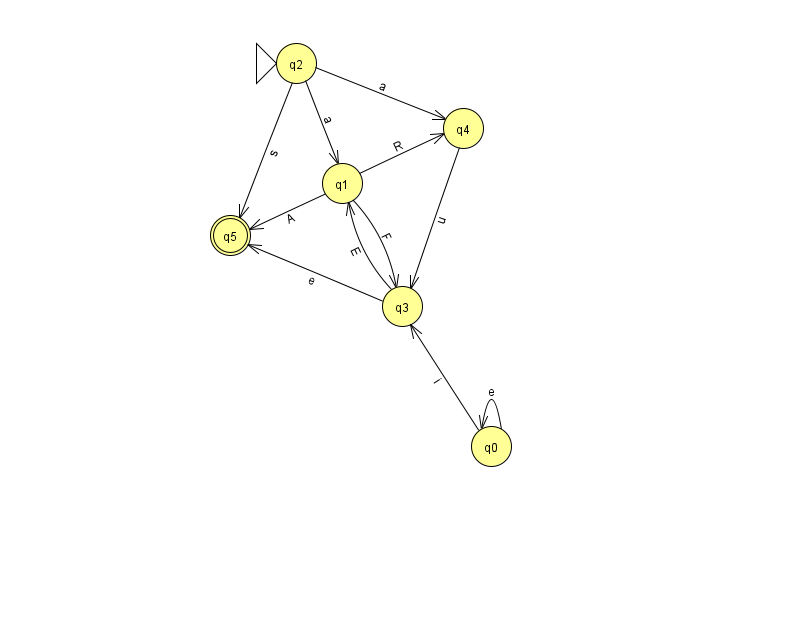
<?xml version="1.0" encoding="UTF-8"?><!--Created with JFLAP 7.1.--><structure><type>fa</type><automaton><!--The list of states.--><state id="0" name="q0"><x>491.0</x><y>433.0</y></state><state id="1" name="q1"><x>342.0</x><y>170.0</y></state><state id="2" name="q2"><x>296.0</x><y>50.0</y><initial/></state><state id="3" name="q3"><x>402.0</x><y>293.0</y></state><state id="4" name="q4"><x>463.0</x><y>115.0</y></state><state id="5" name="q5"><x>230.0</x><y>222.0</y><final/></state><!--The list of transitions.--><transition><from>0</from><to>3</to><read>i</read></transition><transition><from>2</from><to>4</to><read>a</read></transition><transition><from>4</from><to>3</to><read>u</read></transition><transition><from>1</from><to>4</to><read>R</read></transition><transition><from>2</from><to>1</to><read>a</read></transition><transition><from>0</from><to>0</to><read>e</read></transition><transition><from>3</from><to>1</to><read>E</read></transition><transition><from>1</from><to>3</to><read>F</read></transition><transition><from>3</from><to>5</to><read>e</read></transition><transition><from>2</from><to>5</to><read>s</read></transition><transition><from>1</from><to>5</to><read>A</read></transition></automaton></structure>